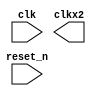
//Legal Notice: (C)2007 Altera Corporation. All rights reserved.  Your
//use of Altera Corporation's design tools, logic functions and other
//software and tools, and its AMPP partner logic functions, and any
//output files any of the foregoing (including device programming or
//simulation files), and any associated documentation or information are
//expressly subject to the terms and conditions of the Altera Program
//License Subscription Agreement or other applicable license agreement,
//including, without limitation, that your use is for the sole purpose
//of programming logic devices manufactured by Altera and sold by Altera
//or its authorized distributors.  Please refer to the applicable
//agreement for further details.


// turn off superfluous verilog processor warnings 
// altera message_level Level1 
// altera message_off 10034 10035 10036 10037 10230 10240 10030 

module cpu_ext_trace_pll_module (
                                  // inputs:
                                   clk,
                                   reset_n,

                                  // outputs:
                                   clkx2
                                )
;

  output           clkx2;
  input            clk;
  input            reset_n;

  reg              clkx2;

//synthesis translate_off
//////////////// SIMULATION-ONLY CONTENTS
  initial
    clkx2 = 1'b0;
  always
     if (clkx2 == 1'b1) 
    #2 clkx2 <= ~clkx2;
     else 
    #3 clkx2 <= ~clkx2;
  

//////////////// END SIMULATION-ONLY CONTENTS

//synthesis translate_on
//synthesis read_comments_as_HDL on
//  
//  altclklock cpu_nios2_oci_altclklock
//    (
//      .clock1  (clkx2),
//      .inclock (clk)
//    );
//  defparam cpu_nios2_oci_altclklock.clock1_boost = 2,
//           cpu_nios2_oci_altclklock.clock1_divide = 1,
//           cpu_nios2_oci_altclklock.inclock_period = 10000,
//           cpu_nios2_oci_altclklock.intended_device_family = "CYCLONEII",
//           cpu_nios2_oci_altclklock.invalid_lock_cycles = 5,
//           cpu_nios2_oci_altclklock.invalid_lock_multiplier = 5,
//           cpu_nios2_oci_altclklock.lpm_type = "altclklock",
//           cpu_nios2_oci_altclklock.operation_mode = "NORMAL",
//           cpu_nios2_oci_altclklock.outclock_phase_shift = 0,
//           cpu_nios2_oci_altclklock.valid_lock_cycles = 1,
//           cpu_nios2_oci_altclklock.valid_lock_multiplier = 1;
//
//synthesis read_comments_as_HDL off

endmodule